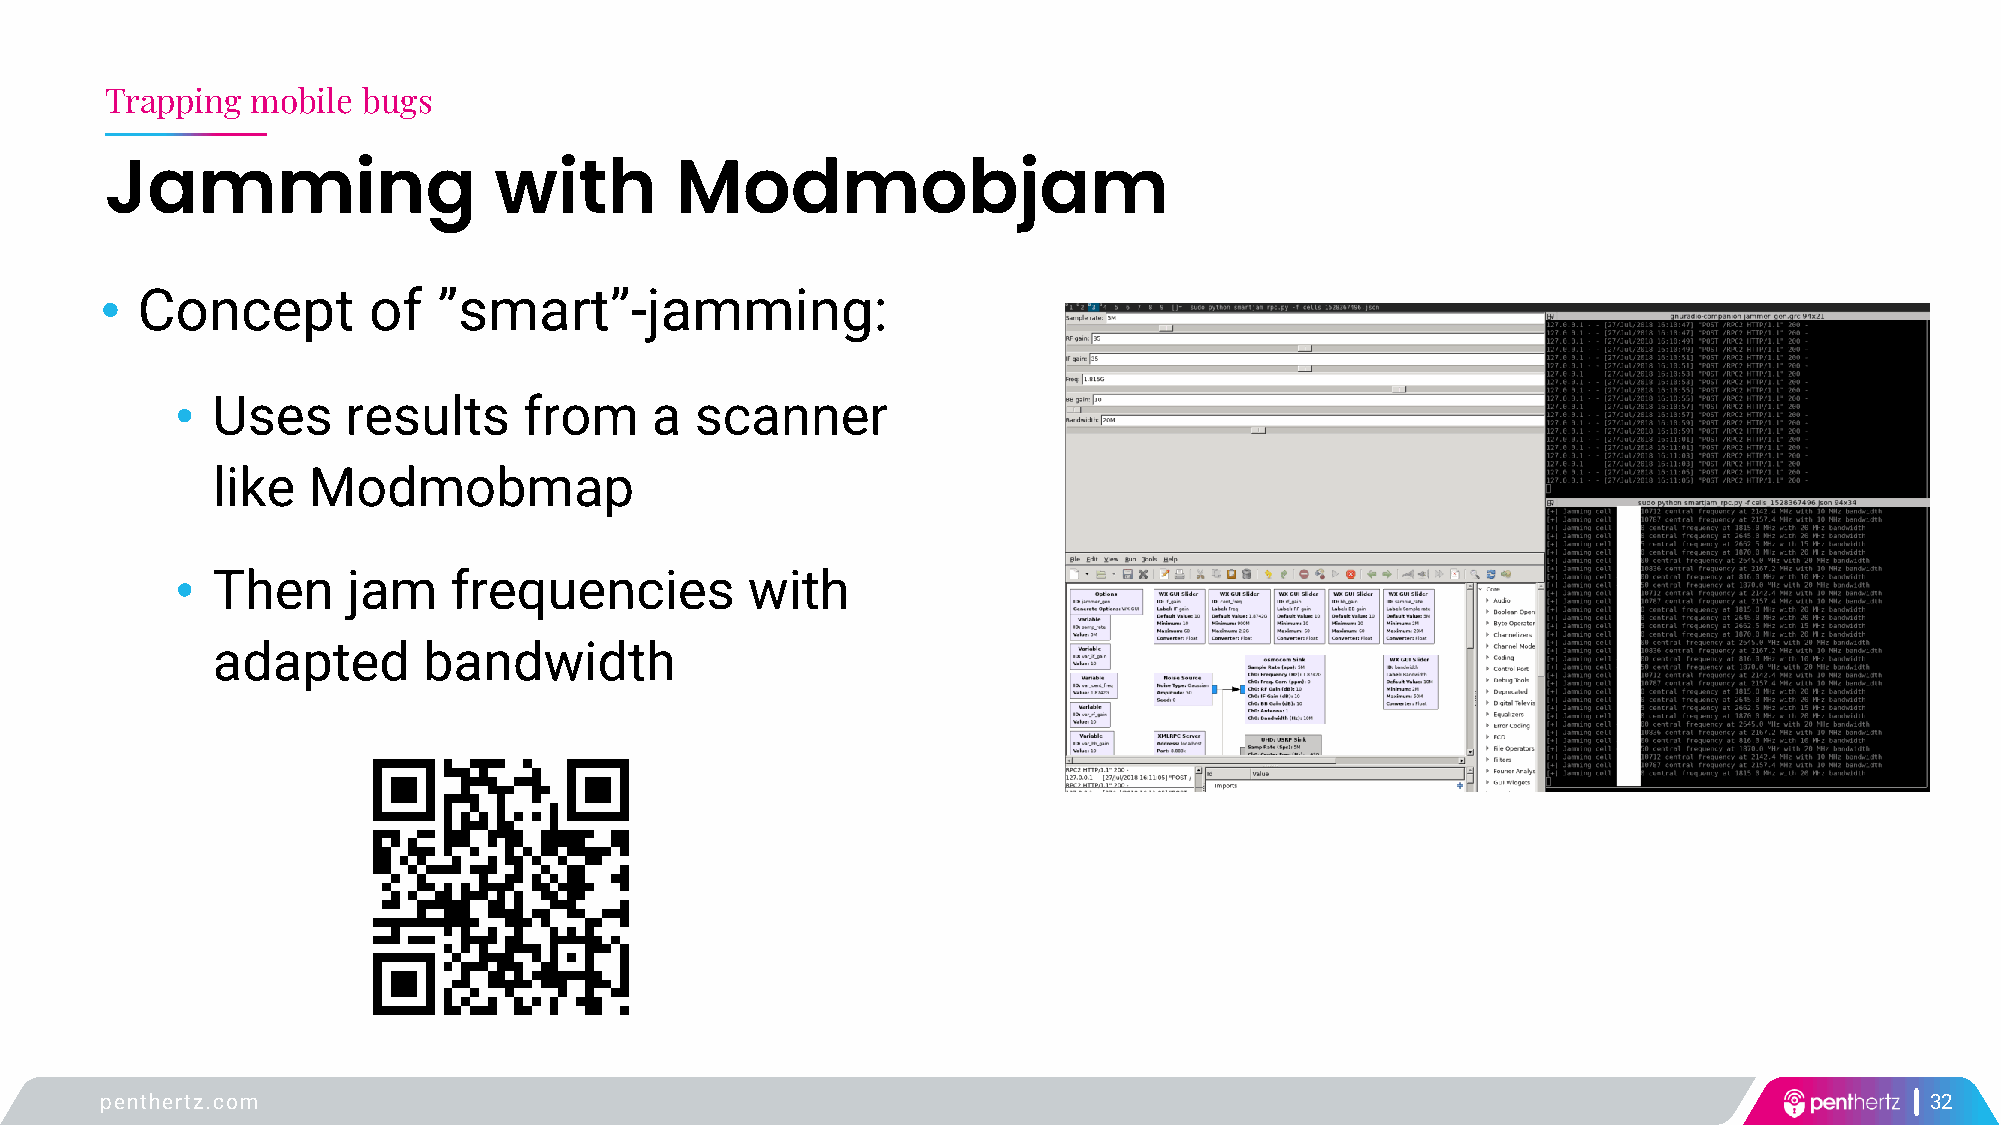
Trapping  mobile bugs
 Jamming                   with        Modmobjam
 • Concept        of   ”smart”-jamming:
 • Uses     results     from    a  scanner
 like  Modmobmap
 • Then     jam    frequencies        with
 adapted       bandwidth
 penthertz.com                                                                                                            32